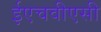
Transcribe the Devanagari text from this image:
ईएचवीएसी